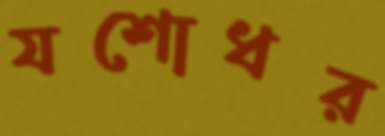
যশোধর